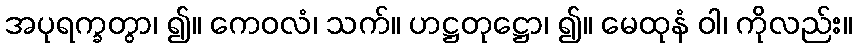
အပုရက္ခတွာ၊ ၍။ ကေဝလံ၊ သက်။ ဟဋ္ဌတုဋ္ဌော၊ ၍။ မေထုနံ ဝါ၊ ကိုလည်း။